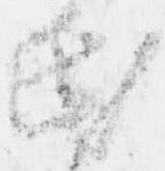
氏